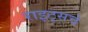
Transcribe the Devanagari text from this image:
राइट्सचे